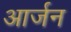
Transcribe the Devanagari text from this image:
आर्जन